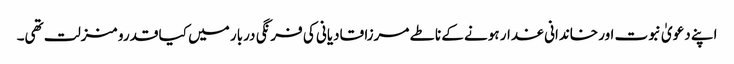
اپنے دعویٰ نبوت اور خاندانی غدار ہونے کے ناطے مرزا قادیانی کی فرنگی دربار میں کیا قدرو منزلت تھی۔